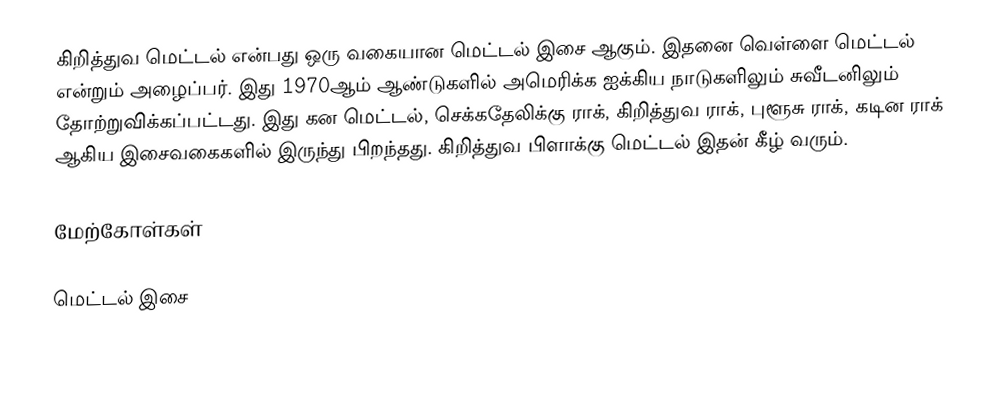
கிறித்துவ மெட்டல் என்பது ஒரு வகையான மெட்டல் இசை ஆகும். இதனை வெள்ளை மெட்டல் என்றும் அழைப்பர். இது 1970ஆம் ஆண்டுகளில் அமெரிக்க ஐக்கிய நாடுகளிலும் சுவீடனிலும் தோற்றுவிக்கப்பட்டது. இது கன மெட்டல், செக்கதேலிக்கு ராக், கிறித்துவ ராக், புளூசு ராக், கடின ராக் ஆகிய இசைவகைகளில் இருந்து பிறந்தது. கிறித்துவ பிளாக்கு மெட்டல் இதன் கீழ் வரும்.

மேற்கோள்கள்

மெட்டல் இசை